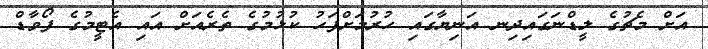
އަށް މެޗުގެ ލީޑްނަގައިދިނ އަނިޔާގައި ހުރުމަށްފަހު ކުޅުމުގެ ތެރެއަށް އައި އެޓީމުގެ ފޯވާޑް